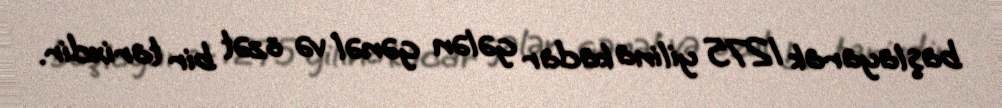
başlayarak 1275 yilina kadar gələn gənəl və özət bir tarixdir.